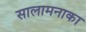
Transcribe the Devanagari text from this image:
सालामनाका